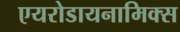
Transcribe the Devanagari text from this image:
एयरोडायनामिक्स